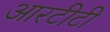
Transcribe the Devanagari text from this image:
आरटीटी